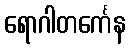
ရောဂါတင်္ကေန